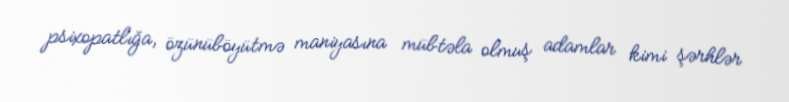
psixopatlığa, özünüböyütmə maniyasına mübtəla olmuş adamlar kimi şərhlər